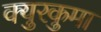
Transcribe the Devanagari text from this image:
क्युरकुमा